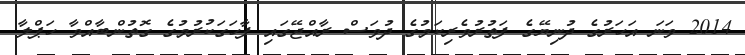
2014 ވަނަ އަހަރުގެ ދުނިޔޭގެ ފަތުރުވެރިކަމުގެ ދުވަސް ރާއްޖޭގައި ފާހަގަކުރުމުގެ ގޮތުންބާއްވާ ހަޕްލާ